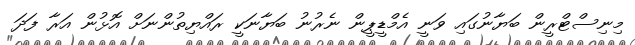
މިނިސްޓްރީން ބަޔާނުގައި ވަނީ އެމްޑީޕީން ނެރުނު ބަޔާނަކީ ރައްޔިތުންނަށް އޮޅުން އަރާ ފަދަ